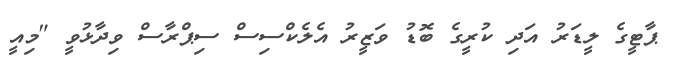
ޕާޓީގެ ލީޑަރު އަދި ކުރީގެ ބޮޑު ވަޒީރު އެލެކްސިސް ސިޕްރާސް ވިދާޅުވީ "މިއީ